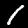
Digit: 1